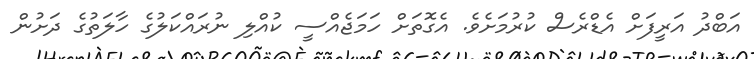
އަބްދު އަރީފަށް އެޑްރެސް ކުރުމަށެވެ. އެގޮތަށް ހަމަޖެއްސީ ކުއްލި ނުރައްކަލުގެ ހާލަތުގެ ދަށުން